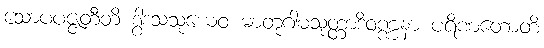
သောပပဇ္ဇတီတိ ဒွါဒသသုယေဝ မာတုဂါမသုတ္တာဒိဝဏ္ဏနာ ပရိဏတောတိ